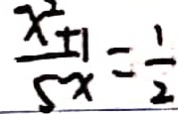
\frac { x ^ { 2 } + 1 } { 5 x } = \frac { 1 } { 2 }